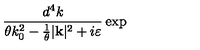
\frac { d ^ { 4 } k } { \theta k _ { 0 } ^ { 2 } - \frac { 1 } { \theta } | \mathbf { k } | ^ { 2 } + i \varepsilon } \exp